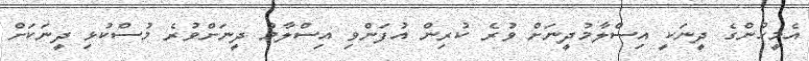
އެމީހުންގެ ދީނަކީ އިސްލާމުދީނަށް ވުރެ ކުރިން އުފަންވި އިސްލާމު ދީނަށްވުރެ މުސްކުޅި ދީނަކަށް